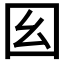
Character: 𡆩